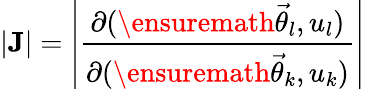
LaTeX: |{\mathbf J}|=\left|\frac{\partial(\ensuremath{\vec{\theta}}_{l},u_{l})}{\partial(\ensuremath{\vec{\theta}}_{k},u_{k})}\right|